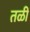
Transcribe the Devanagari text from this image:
तळीं